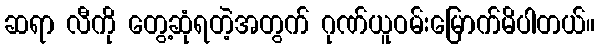
ဆရာ လီကို တွေ့ဆုံရတဲ့အတွက် ဂုဏ်ယူဝမ်းမြောက်မိပါတယ်။